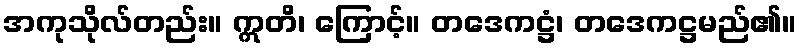
အကုသိုလ်တည်း။ ဣတိ၊ ကြောင့်။ တဒေကဋ္ဌံ၊ တဒေကဋ္ဌမည်၏။